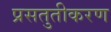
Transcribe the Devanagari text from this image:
प्रसतुतीकरण